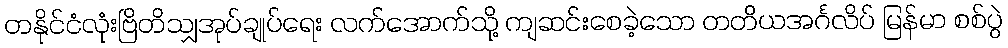
တနိုင်ငံလုံးဗြိတိသျှအုပ်ချုပ်ရေး လက်အောက်သို့ ကျဆင်းစေခဲ့သော တတိယအင်္ဂလိပ် မြန်မာ စစ်ပွဲ